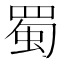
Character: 蜀